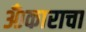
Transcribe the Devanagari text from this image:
ॐकाराचा